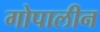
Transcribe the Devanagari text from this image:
गोपालीन